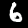
Digit: 6